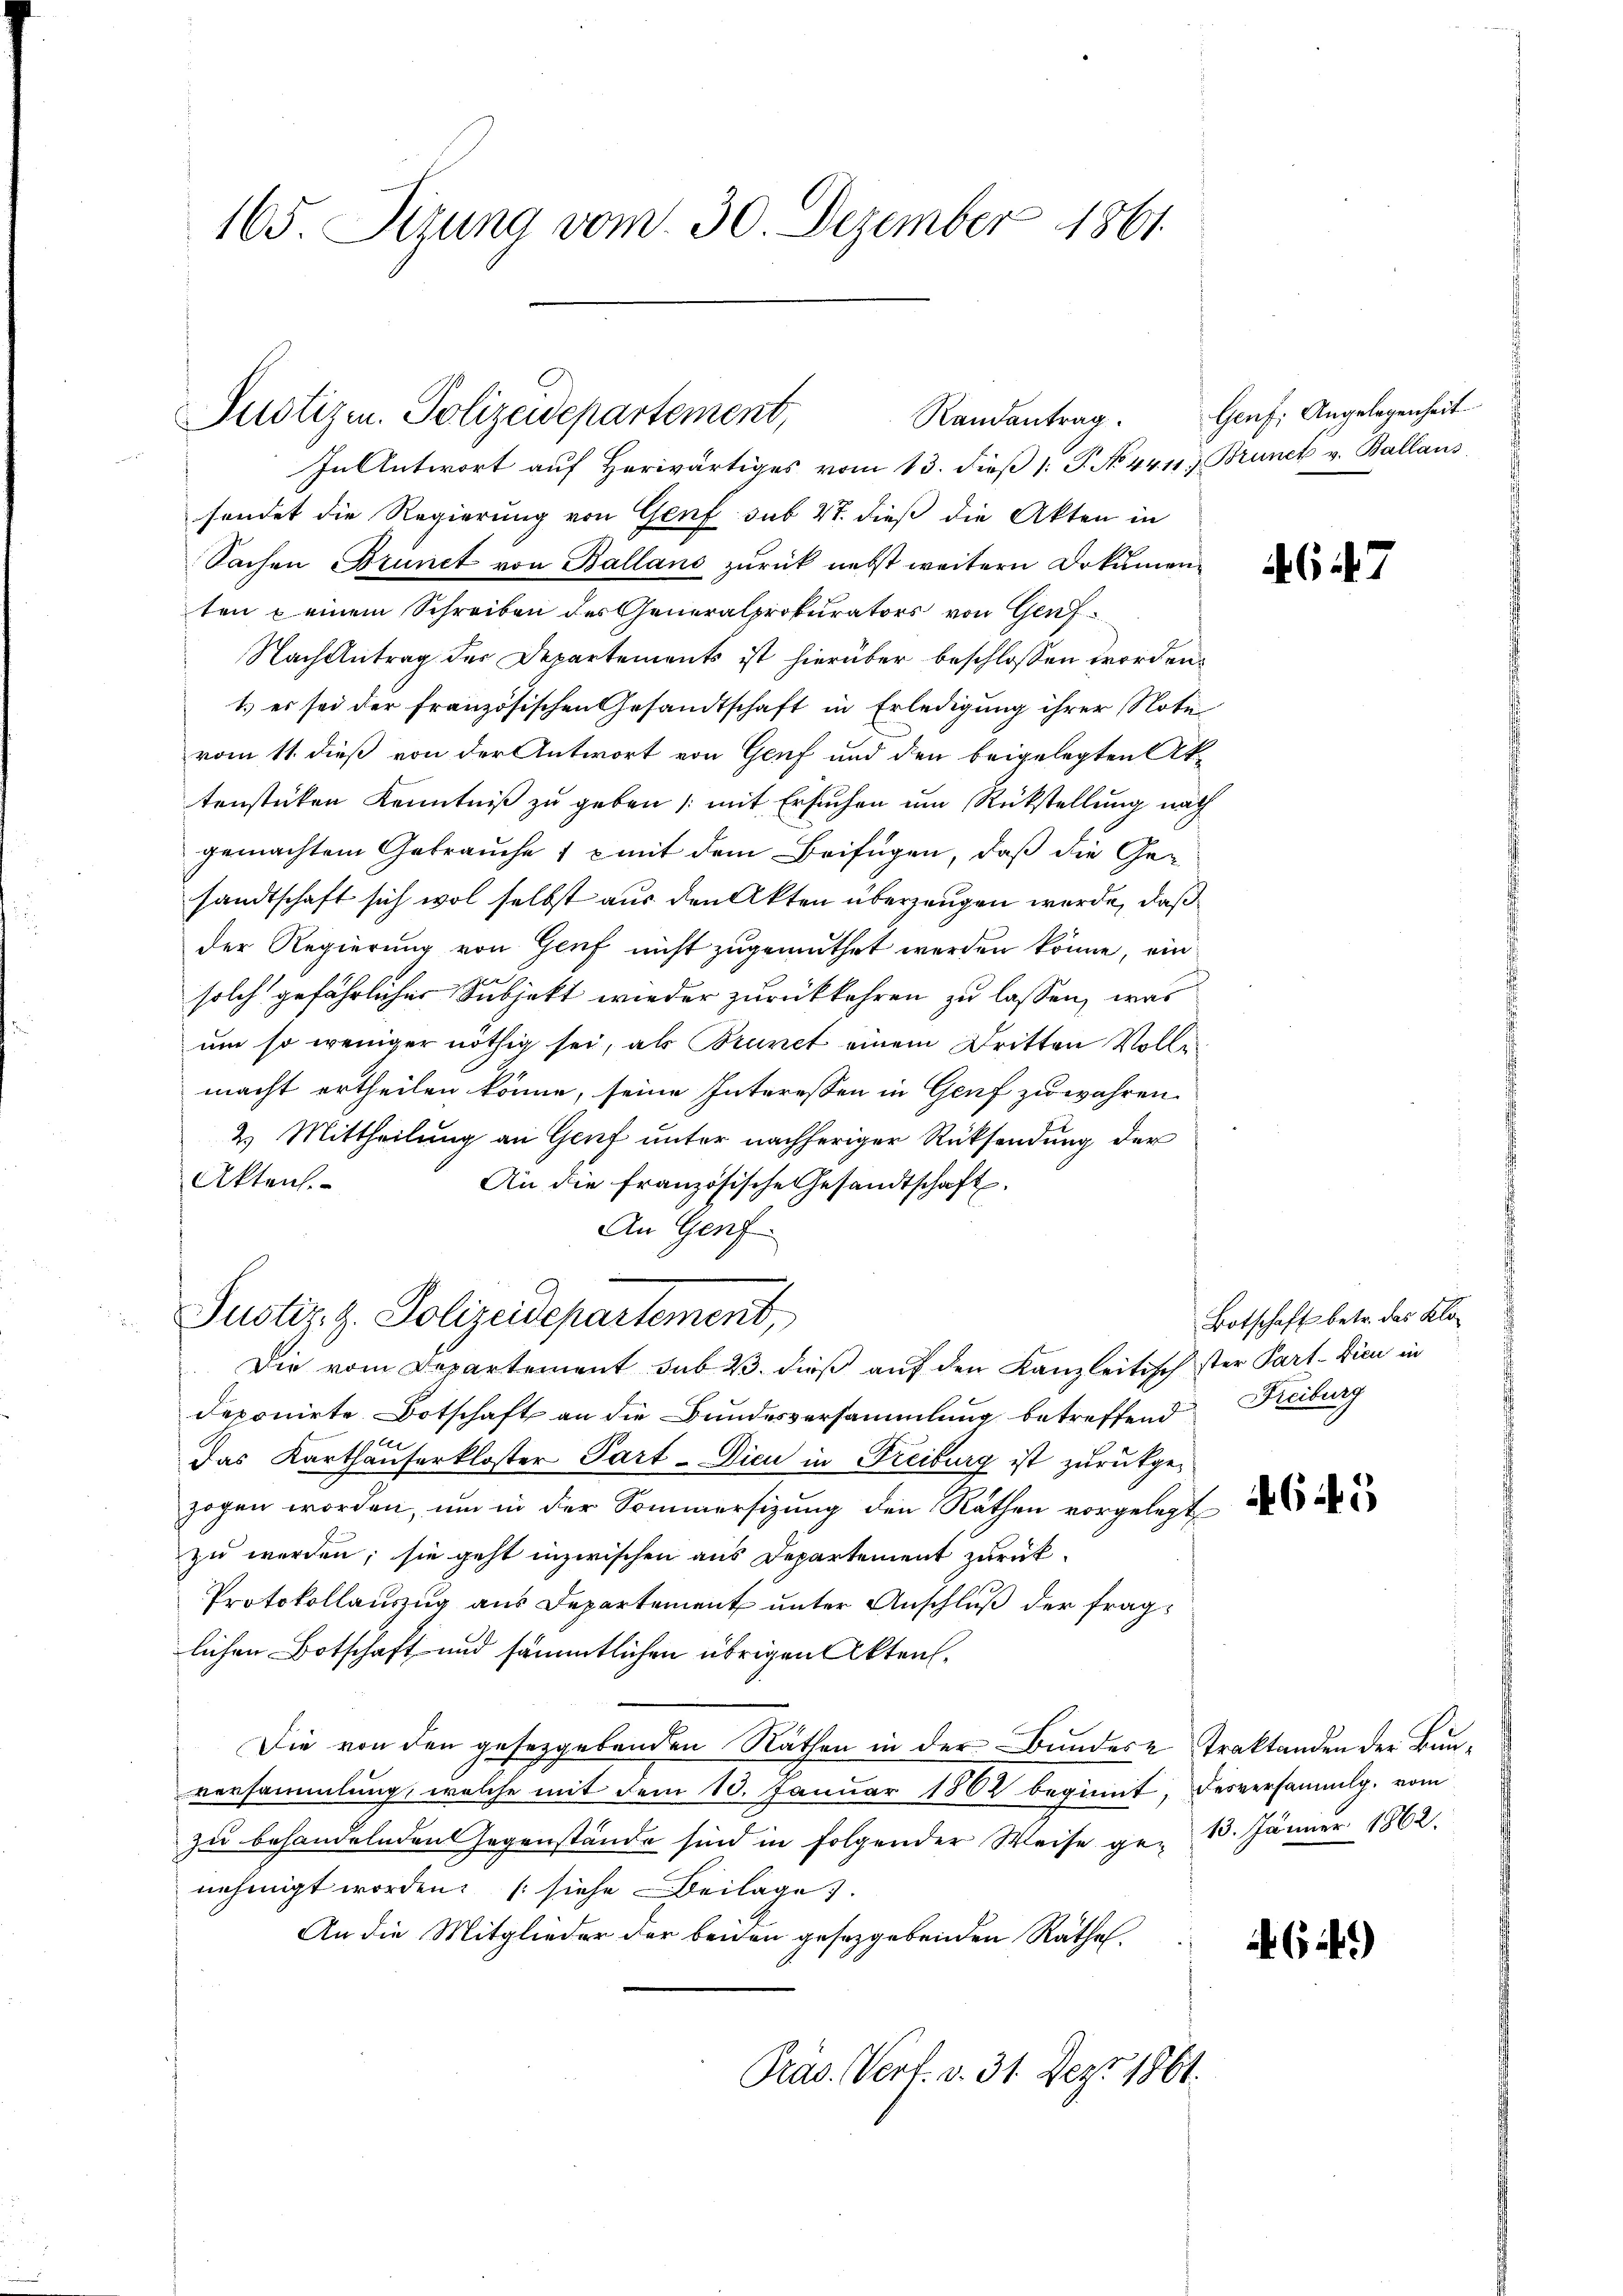
165. Sizung vom 30. Dezember 1861.

Justizen. Polizeidepartement,
Randantrag.

In Antwort auf Herwärtiges vom 13. dieß 1: P. No. 4411. Brunet v. Ballaus
sendet die Regierung von Genf sub 27. dieß die Akten in
Sachen Brünet von Ballans zurück nebst weitern Dokumenten u einem Schreiben des Generalprokurators von Genf¬
Nach Antrag der Departements ist hierüber beschlossen worden.
1.) es sei der französischen Gesandtschaft in Erledigung ihrer Notu
vom 11. dieß von der Antwort von Genf und den beigelegten Aktenstücken Kenntniß zu geben (mit Ersuchen um Rückstellung nach
gemachtem Gebrauche 1 x mit dem Beifügen, daß die Gesandtschaft sich wol selbst aus den Akten überzeugen werde, daß
der Regierung von Genf nicht zugemuthet werden könne, ein
solch gefährlicher Subjekt wieder zurückkehren zu lassen, was
um so weniger nöthig sei, als Brunet einem Dritten Vollmacht ertheilen könne, seine Interessen in Genf zu wahren.
2) Mittheilung an Genf unter nachheriger Rücksendung der
Akten.
An die französische Gesandtschaft.
An Genf
Justiz z. Polizeidepartement,
Die vom Departement sub 23. dieß auf den Kanzleitisch ster Part. Dien in
deponirte Botschaft an die Bandesversammlung betreffend Freiburg
Das Karthauserkloster Part-Dicu in Freiburg ist zurückgezogen worden, um in der Sommersizung den Räthen vorgelegt
zu werden; sie geht inzwischen aus Departement zurück¬
Protokollauszug aus Departement unter Anschluß der fraglichen Botschaft und sämmtlichen übrigen Akten¬
Die von den gesetzgebenden Räthen in der Bundes Traktanden der Bunversammlung, welche mit dem 10. Januar 1862 beginnt, desversammlg. vom
zu behandelnden Gegenstände sind in folgender Weise ge- 10. Jänner 1862.
nehmigt worden, (siehe Beilage).
An die Mitglieder der beiden gesetzgebenden Räthe.
Präs. Verf. v. 31. Dez. 1861.

Genf; Angelegenheit

G17

Botschaft betr. das Klo¬

645

(149)